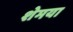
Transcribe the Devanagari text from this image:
शेमया